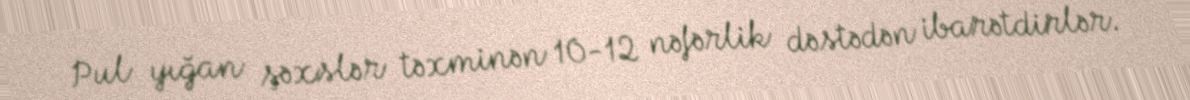
Pul yığan şəxslər təxminən 10-12 nəfərlik dəstədən ibarətdirlər.